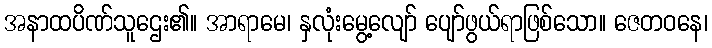
အနာထပိဏ်သူဌေး၏။ အာရာမေ၊ နှလုံးမွေ့လျော် ပျော်ဖွယ်ရာဖြစ်သော။ ဇေတဝနေ၊